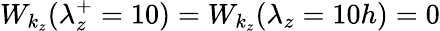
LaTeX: W_{k_{z}}(\lambda_{z}^{+}=10)=W_{k_{z}}(\lambda_{z}=10h)=0